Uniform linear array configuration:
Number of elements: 32
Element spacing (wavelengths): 0.75
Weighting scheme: hamming
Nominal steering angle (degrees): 60
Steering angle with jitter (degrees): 59.725
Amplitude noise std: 0.05
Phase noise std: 0.05

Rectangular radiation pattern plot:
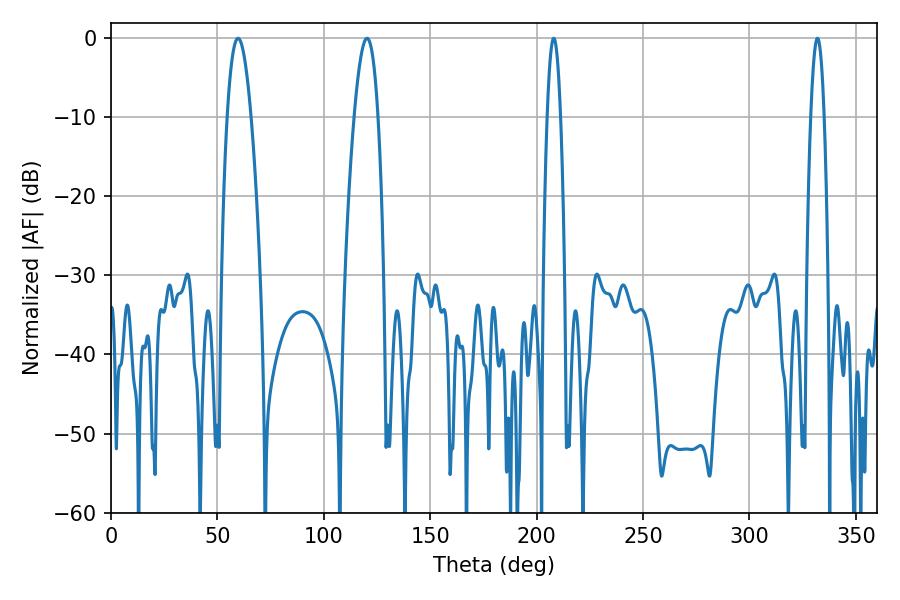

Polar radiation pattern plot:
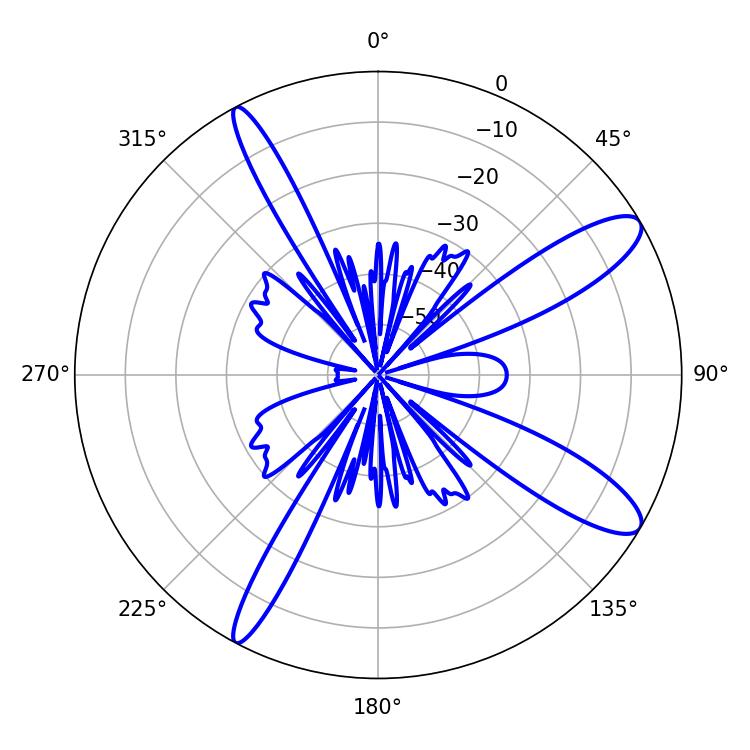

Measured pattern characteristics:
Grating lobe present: TRUE
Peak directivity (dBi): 11.582
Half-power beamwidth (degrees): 6.3
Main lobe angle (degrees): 59.76